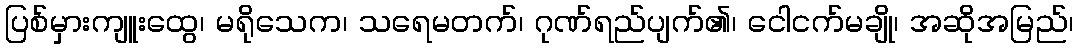
ပြစ်မှားကျူးထွေ၊ မရိုသေက၊ သရေမတက်၊ ဂုဏ်ရည်ပျက်၏၊ ငေါငက်မချို၊ အဆိုအမြည်၊